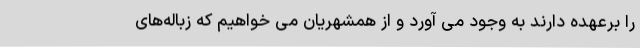
را برعهده دارند به وجود می آورد و از همشهریان می خواهیم که زباله‌های